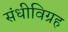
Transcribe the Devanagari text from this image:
संधीविग्रह